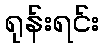
ရုန်းရင်း